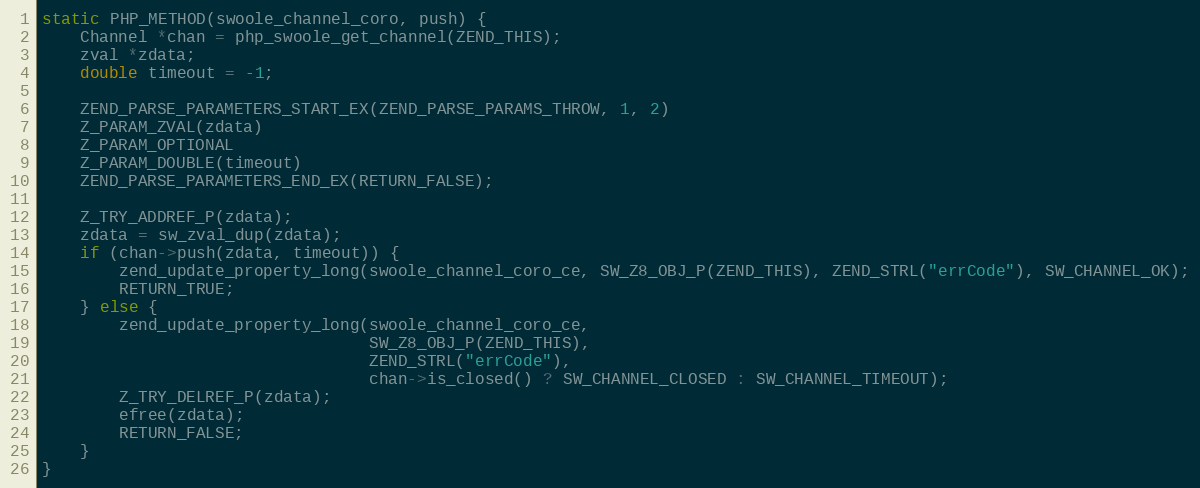
Language: C++
static PHP_METHOD(swoole_channel_coro, push) {
    Channel *chan = php_swoole_get_channel(ZEND_THIS);
    zval *zdata;
    double timeout = -1;

    ZEND_PARSE_PARAMETERS_START_EX(ZEND_PARSE_PARAMS_THROW, 1, 2)
    Z_PARAM_ZVAL(zdata)
    Z_PARAM_OPTIONAL
    Z_PARAM_DOUBLE(timeout)
    ZEND_PARSE_PARAMETERS_END_EX(RETURN_FALSE);

    Z_TRY_ADDREF_P(zdata);
    zdata = sw_zval_dup(zdata);
    if (chan->push(zdata, timeout)) {
        zend_update_property_long(swoole_channel_coro_ce, SW_Z8_OBJ_P(ZEND_THIS), ZEND_STRL("errCode"), SW_CHANNEL_OK);
        RETURN_TRUE;
    } else {
        zend_update_property_long(swoole_channel_coro_ce,
                                  SW_Z8_OBJ_P(ZEND_THIS),
                                  ZEND_STRL("errCode"),
                                  chan->is_closed() ? SW_CHANNEL_CLOSED : SW_CHANNEL_TIMEOUT);
        Z_TRY_DELREF_P(zdata);
        efree(zdata);
        RETURN_FALSE;
    }
}